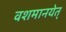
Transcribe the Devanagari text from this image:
वशमानयेत्